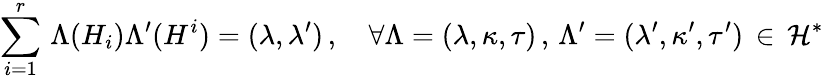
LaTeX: \sum_{i=1}^{r}\, \Lambda(H_{i})\Lambda^{\prime}(H^{i})=(\lambda,\lambda^{\prime})\, ,~~~~\forall\Lambda=(\lambda,\kappa,\tau)\, ,\, \Lambda^{\prime}=(\lambda^{\prime},\kappa^{\prime},\tau^{\prime})\, \in\, {\cal H}^{*}